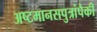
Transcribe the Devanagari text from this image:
अष्टमानसपुत्रांपैकी